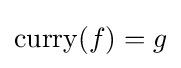
{\text{curry}}(f)=g